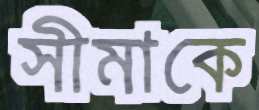
সীমাকে